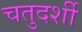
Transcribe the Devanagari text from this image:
चतुदर्शी